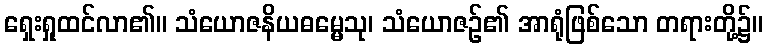
ရှေးရှုထင်လာ၏။ သံယောဇနိယဓမ္မေသု၊ သံယောဇဉ်၏ အာရုံဖြစ်သော တရားတို့၌။